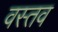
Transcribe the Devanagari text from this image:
वस्तव